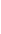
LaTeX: \! \! \! \! \! \! \! \! \! \! \! \bar{\! \! \! \! \! \! \! \! \! \! \! \! \lambda}\! \! \! \! \! \! \! \! \! \! \! \! \notin\! \! \! \! \! \! \! \! \! \! \! \! \! \! \! \! \! \! \! \! \! \! \! \! \{ \! \! \! \! \! \! \! \! \! \! \! \! 0\! \! \! \! \! \! \! \! \! \! \! \! ,\! \! \! \! \! \! \! \! \! \! \! \! 1\! \! \! \! \! \! \! \! \! \! \! \! \} \! \! \! \! \! \! \! \! \! \! \! \! .\! \! \! \! \! \! \! \! \! \! \!